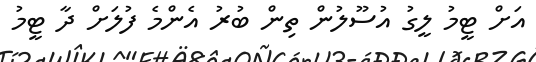
އަށް ޓީމު ލީގު އުސޫލުން ތިން ބުރު އެންމެ ފުލަށް ދާ ޓީމު